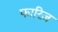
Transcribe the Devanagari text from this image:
फारिज़